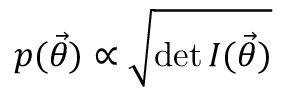
p ( { \vec { \theta } } ) \propto { \sqrt { \operatorname* { d e t } I ( { \vec { \theta } } ) } }